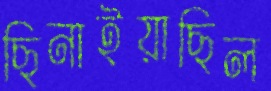
ছিনাইয়াছিল